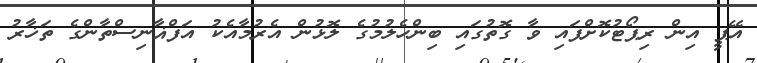
އޭޕީ އިން ރިޕޯޓުކޮށްފައި ވާ ގޮތުގައި ބިންހެލުމުގެ ލޮޅުން އެރުމާއެކު އަފްޣާނިސްތާންގެ ތަޚާރު